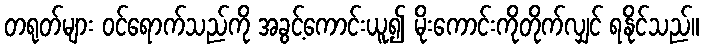
တရုတ်များ ဝင်ရောက်သည်ကို အခွင့်ကောင်းယူ၍ မိုးကောင်းကိုတိုက်လျှင် ရနိုင်သည်။